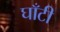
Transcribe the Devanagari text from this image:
घाँटी